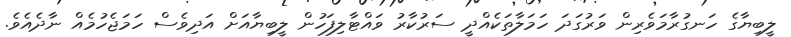
ލީބިޔާގެ ހަނގުރާމަވެރިން ވަރުގަދަ ހަމަލާތަކެއްދީ ސަރުކާރު ވައްޓާލިފަހުން ލީބިޔާއަށް އަދިވެސް ހަމަޖެހުމެއް ނާދެއެވެ.